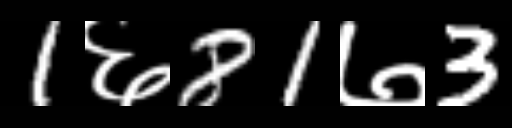
Text: 1६81७3